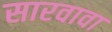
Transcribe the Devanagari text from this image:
सारवावा